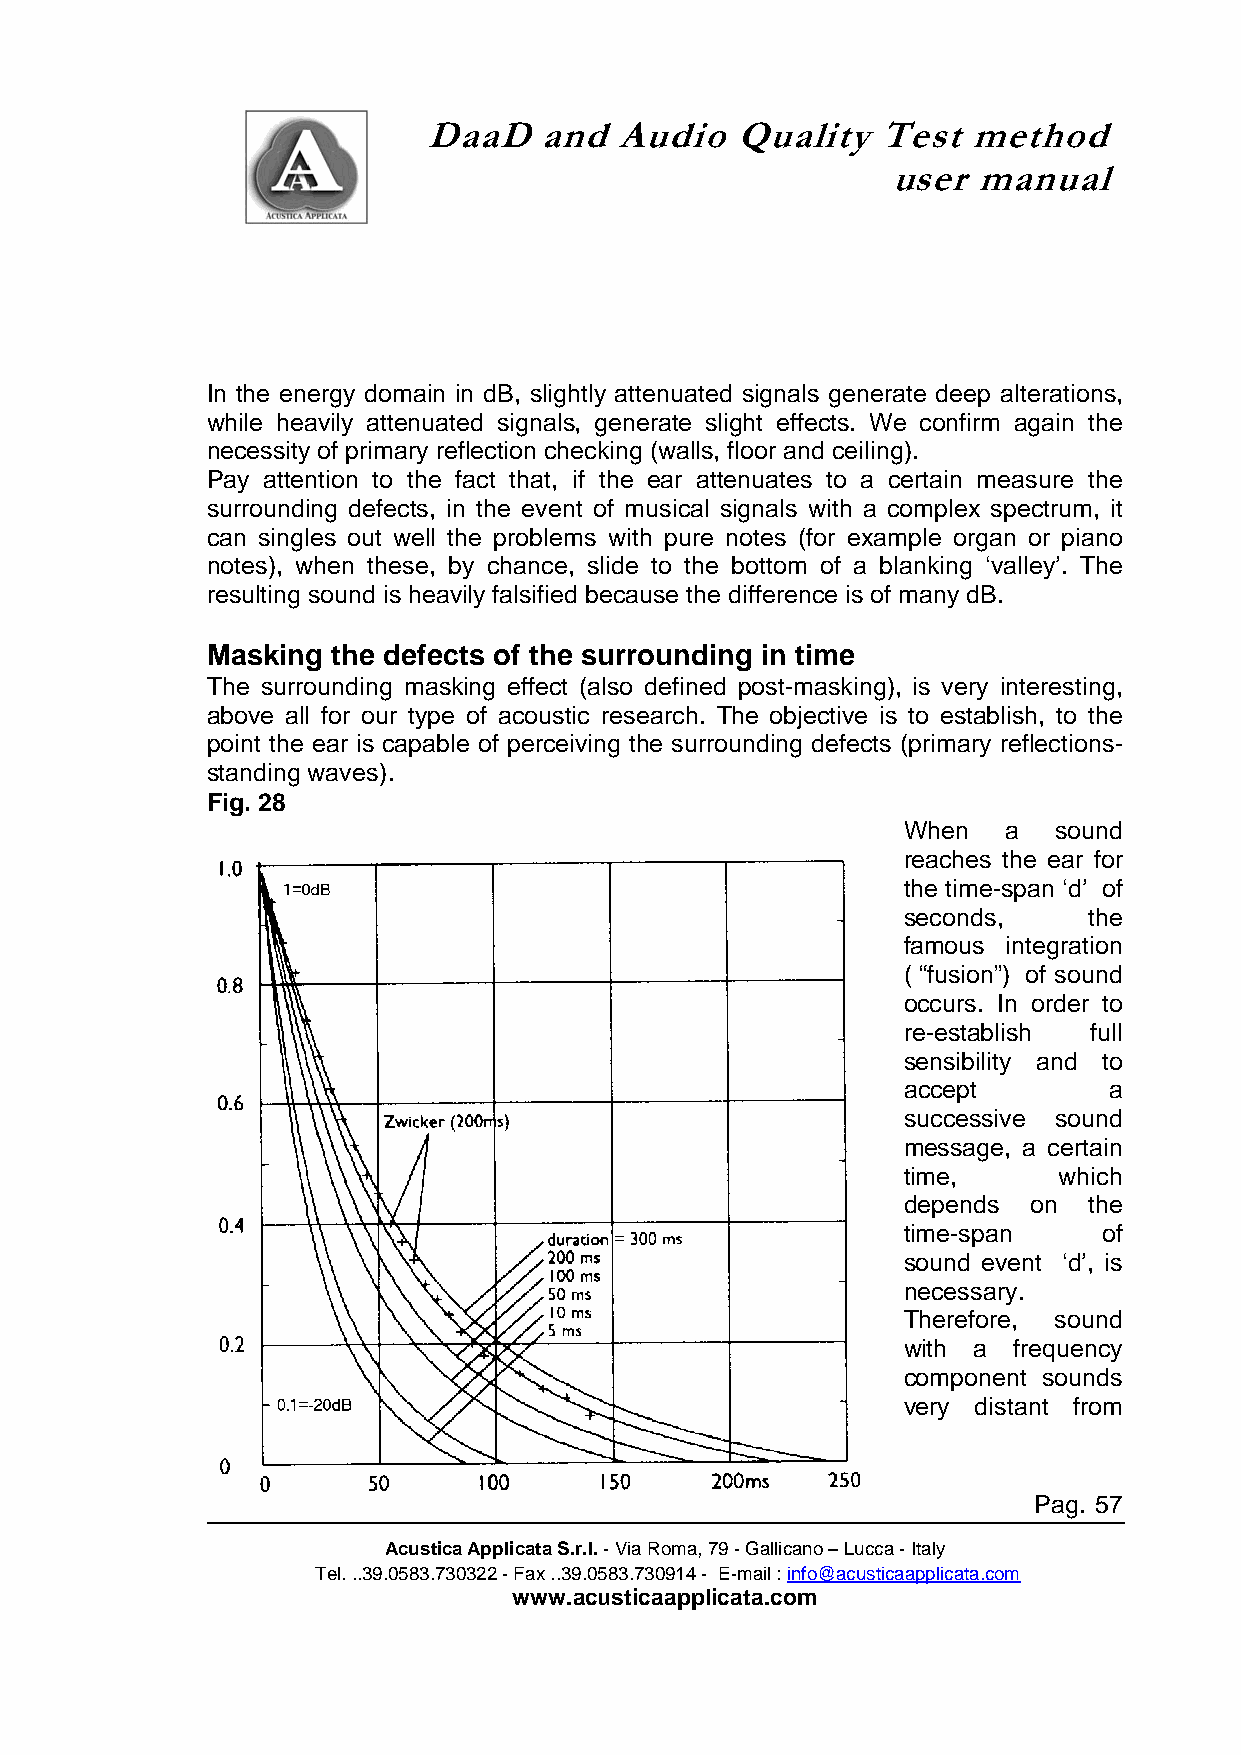
DaaD    and  Audio   Quality  Test  method
 user  manual
 In the energy domain in dB, slightly attenuated signals generate deep alterations,
 while heavily attenuated signals, generate slight effects. We confirm again the
 necessity of primary reflection checking (walls, floor and ceiling).
 Pay attention to the fact that, if the ear attenuates to a certain measure the
 surrounding defects, in the event of musical signals with a complex spectrum, it
 can singles out well the problems with pure notes (for example organ or piano
 notes), when these, by chance, slide to the bottom of a blanking ‘valley’. The
 resulting sound is heavily falsified because the difference is of many dB.
 Masking the defects of the surrounding in time
 The surrounding masking effect (also defined post-masking), is very interesting,
 above all for our type of acoustic research. The objective is to establish, to the
 point the ear is capable of perceiving the surrounding defects (primary reflections-
 standing waves).
 Fig. 28
 When  a   sound
 reaches the ear for
 the time-span ‘d’ of
 seconds,    the
 famous integration
 ( “fusion”) of sound
 occurs. In order to
 re-establish full
 sensibility and to
 accept       a
 successive sound
 message, a certain
 time,     which
 depends on  the
 time-span    of
 sound event ‘d’, is
 necessary.
 Therefore, sound
 with a frequency
 component sounds
 very distant from
 Pag. 57
 Acustica Applicata S.r.l. - Via Roma, 79 - Gallicano – Lucca - Italy
 Tel. ..39.0583.730322 - Fax ..39.0583.730914 - E-mail : info@acusticaapplicata.com
 www.acusticaapplicata.com